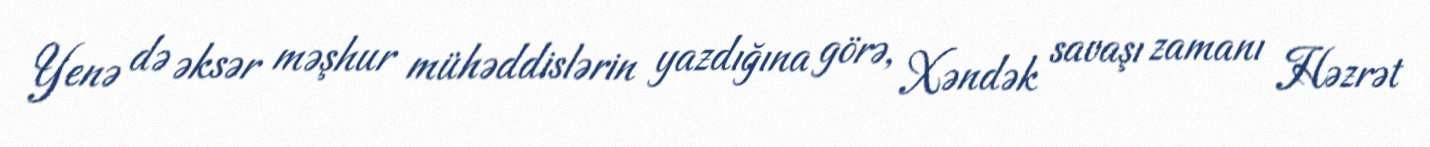
Yenə də əksər məşhur mühəddislərin yazdığına görə, Xəndək savaşı zamanı Həzrət